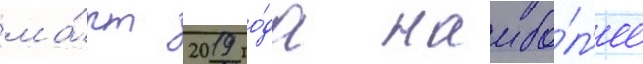
ма́рт 2019 го́да наибо́л'ее